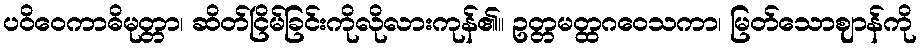
ပဝိဝေကာဓိမုတ္တာ၊ ဆိတ်ငြိမ်ခြင်းကိုလိုလားကုန်၏။ ဥတ္တမတ္ထဂဝေသကာ၊ မြတ်သောဈာန်ကို